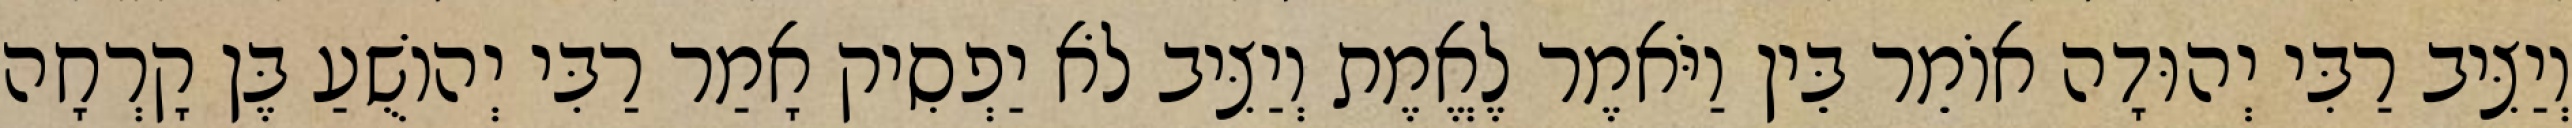
וְיַצִּיב רַבִּי יְהוּדָה אוֹמֵר בֵּין וַיֹּאמֶר לֶאֱמֶת וְיַצִּיב לֹא יַפְסִיק אָמַר רַבִּי יְהוֹשֻׁעַ בֶּן קָרְחָה